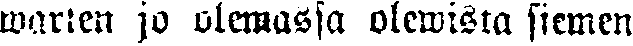
warten jo olemassa olewista siemen